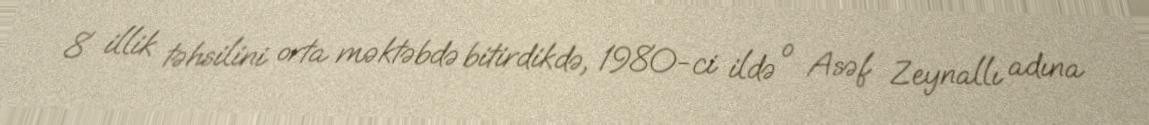
8 illik təhsilini orta məktəbdə bitirdikdə, 1980-ci ildə o Asəf Zeynallı adına